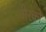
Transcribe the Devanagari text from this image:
थोरको